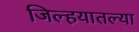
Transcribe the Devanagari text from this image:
जिल्हयातल्या